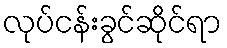
လုပ်ငန်းခွင်ဆိုင်ရာ